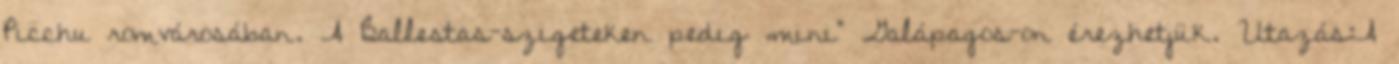
Picchu romvárosában. A Ballestas-szigeteken pedig „mini” Galápagos-on érezhetjük. Utazás:A